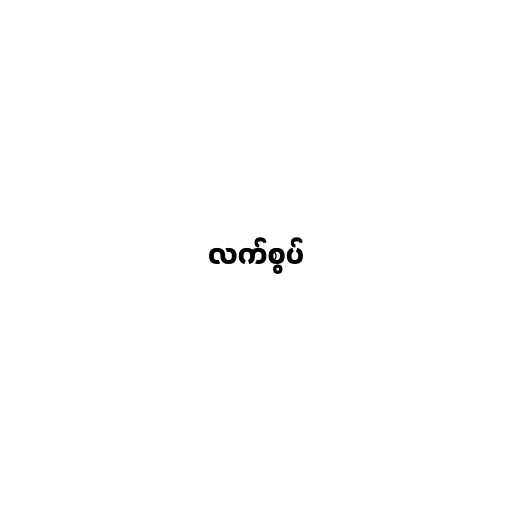
လက်စွပ်